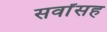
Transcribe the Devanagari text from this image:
सर्वांसह